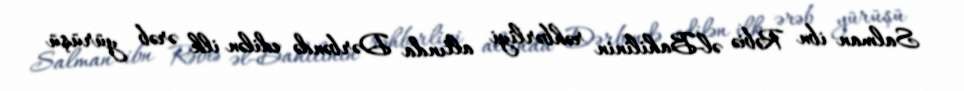
Salman ibn Rəbiə əl-Bahilinin rəhbərliyi altında Dərbəndə edilən ilk ərəb yürüşü